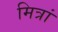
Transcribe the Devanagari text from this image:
मित्रां